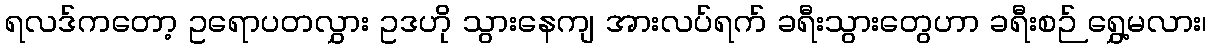
ရလဒ်ကတော့ ဥရောပတလွှား ဥဒဟို သွားနေကျ အားလပ်ရက် ခရီးသွားတွေဟာ ခရီးစဉ် ရွှေ့မလား၊